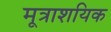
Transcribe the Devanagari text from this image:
मूत्राशयिक